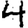
Digit: 4